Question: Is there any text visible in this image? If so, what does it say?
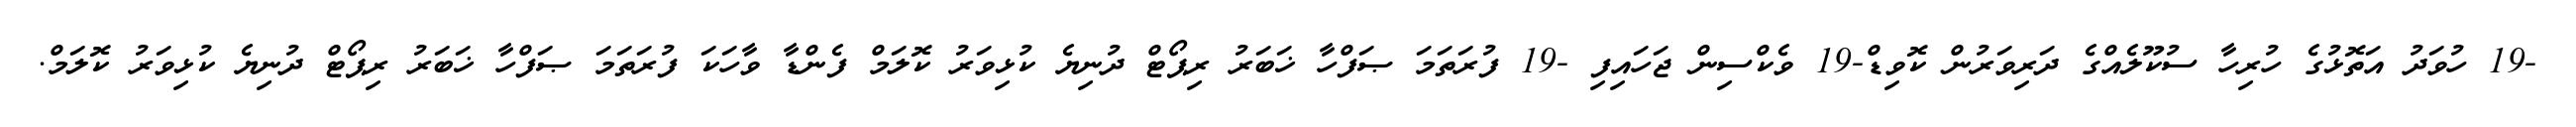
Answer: -19 ހުވަދު އަތޮޅުގެ ހުރިހާ ސުކޫލެއްގެ ދަރިވަރުން ކޮވިޑް-19 ވެކްސިން ޖަހައިފި -19 ފުރަތަމަ ޞަފްހާ ޚަބަރު ރިޕޯޓް ދުނިޔެ ކުޅިވަރު ކޮލަމް ފެންޑާ ވާހަކަ ފުރަތަމަ ޞަފްހާ ޚަބަރު ރިޕޯޓް ދުނިޔެ ކުޅިވަރު ކޮލަމް.